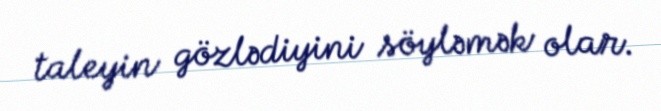
taleyin gözlədiyini söyləmək olar.